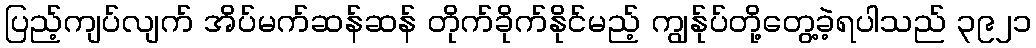
ပြည့်ကျပ်လျက် အိပ်မက်ဆန်ဆန် တိုက်ခိုက်နိုင်မည့် ကျွန်ုပ်တို့တွေ့ခဲ့ရပါသည် ၃၉၂၁